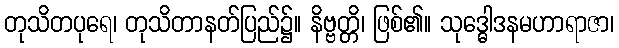
တုသိတပုရေ၊ တုသိတာနတ်ပြည်၌။ နိဗ္ဗတ္တိ၊ ဖြစ်၏။ သုဒ္ဓေါဒနမဟာရာဇာ၊